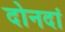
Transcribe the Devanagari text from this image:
दोनदां